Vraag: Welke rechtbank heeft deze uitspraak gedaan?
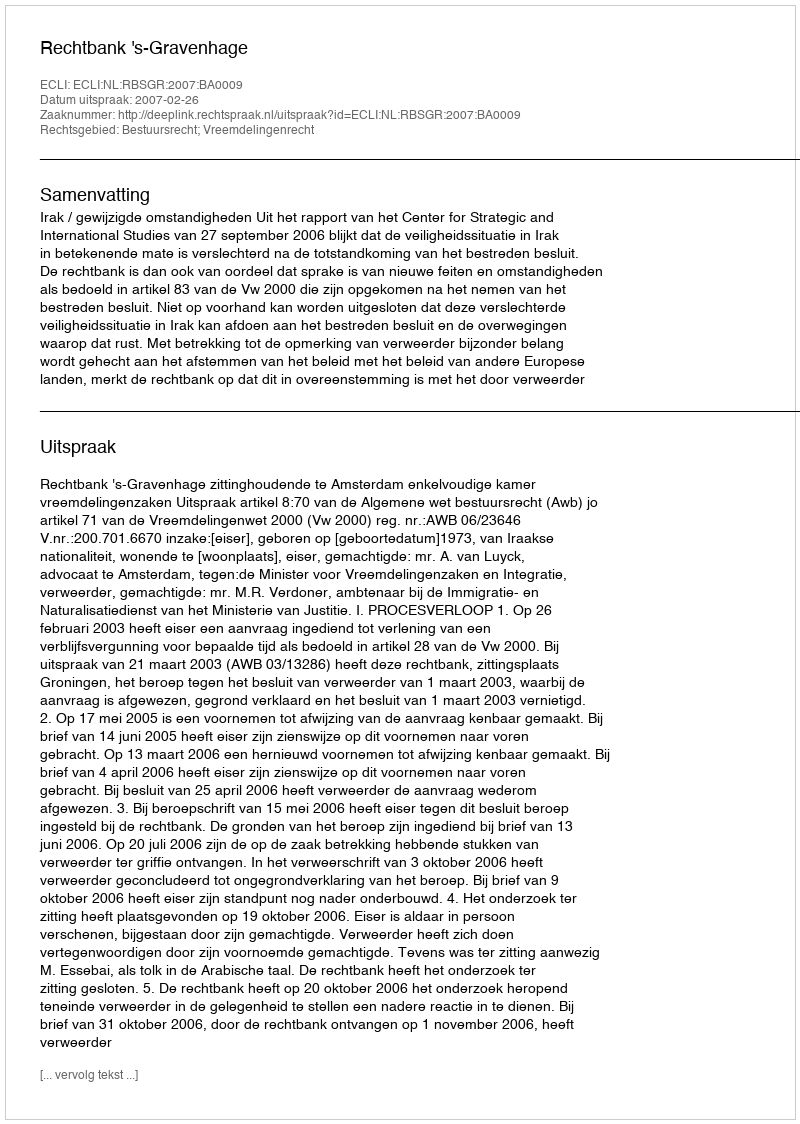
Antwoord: Rechtbank 's-Gravenhage